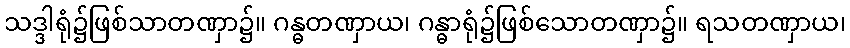
သဒ္ဒါရုံ၌ဖြစ်သာတဏှာ၌။ ဂန္ဓတဏှာယ၊ ဂန္ဓာရုံ၌ဖြစ်သောတဏှာ၌။ ရသတဏှာယ၊